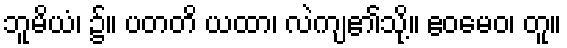
ဘူမိယံ၊ ၌။ ပတတိ ယထာ၊ လဲကျ၏သို့။ ဧဝမေဝ၊ တူ။